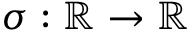
\sigma : \mathbb { R } \rightarrow \mathbb { R }